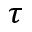
\tau